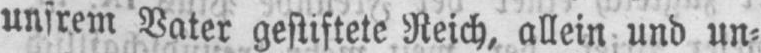
unsrem Vater gestiftete Reich, allein und un⸗